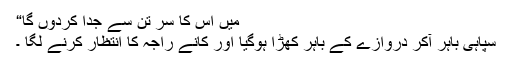
میں اس کا سر تن سے جدا کردوں گا“
سپاہی باہر آکر دروازے کے باہر کھڑا ہوگیا اور کانے راجہ کا انتظار کرنے لگا ۔